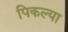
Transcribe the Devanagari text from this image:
पिकल्या